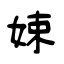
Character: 娕